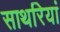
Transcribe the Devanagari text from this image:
साथरियां